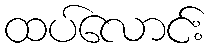
ထပ်လောင်း